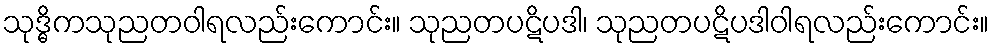
သုဒ္ဓိကသုညတဝါရလည်းကောင်း။ သုညတပဋိပဒါ၊ သုညတပဋိပဒါဝါရလည်းကောင်း။